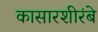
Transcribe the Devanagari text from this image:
कासारशीरंबे